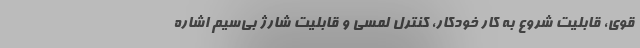
قوی، قابلیت شروع به کار خودکار، کنترل لمسی و قابلیت شارژ بی‌سیم اشاره